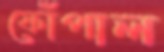
ফোঁপাল